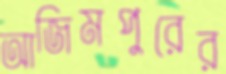
আজিমপুরের